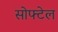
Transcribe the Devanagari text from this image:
सोफ्टेल